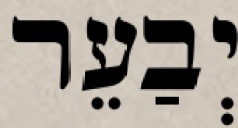
יְבַעֵר